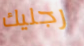
رجليك